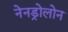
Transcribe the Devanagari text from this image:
नेनड्रोलोन